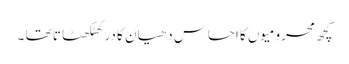
کچھ محرومیوں کا احساس دھیان کا در کھٹکھٹا تا تھا ۔